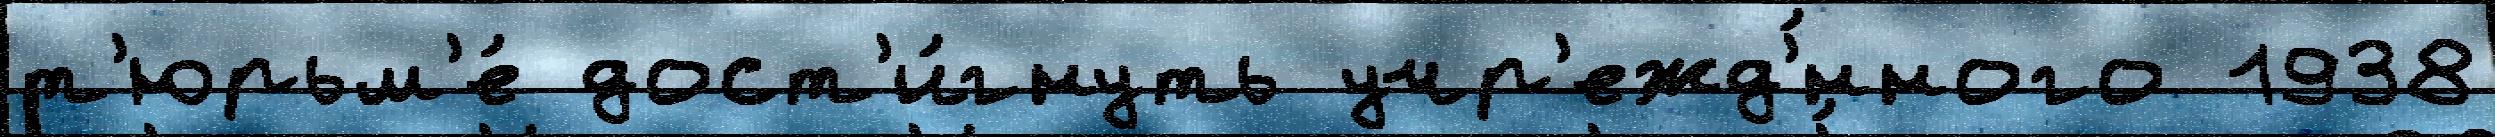
т'юрьм'е́ дост'и́гнуть учр'ежд'́нного 1938